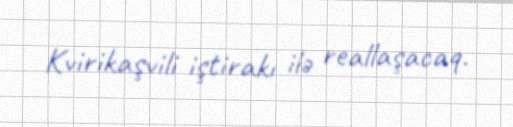
Kvirikaşvili iştirakı ilə reallaşacaq.